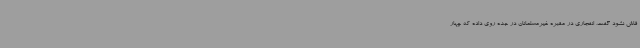
فاش نشود گفت، انفجاری در مقبره غیرمسلمانان در جده روی داده که چهار